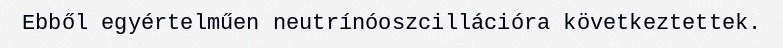
Ebből egyértelműen neutrínóoszcillációra következtettek.